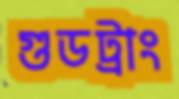
গুডট্রাং